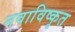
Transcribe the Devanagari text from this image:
नवाविष्कृत